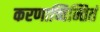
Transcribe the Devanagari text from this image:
करणाच्चिन्तितं